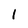
Character: l